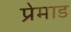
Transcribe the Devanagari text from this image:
प्रेमाड